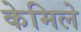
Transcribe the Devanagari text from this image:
केमिले